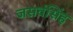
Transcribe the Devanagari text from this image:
जसवंसिंह